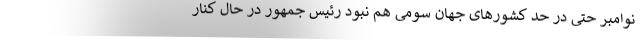
نوامبر حتی در حد کشورهای جهان سومی هم نبود رئیس جمهور در حال کنار